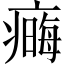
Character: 𤹾